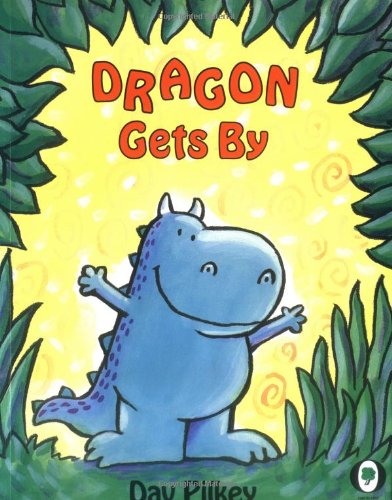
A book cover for Dragon Gets By (Dragons); Dav Pilkey; Children's Books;